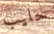
حليب